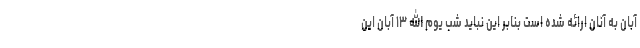
آبان به آنان ارائه شده است بنابر این نباید شب یوم الله ۱۳ آبان این